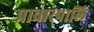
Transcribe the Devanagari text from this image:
प्रावारपालि